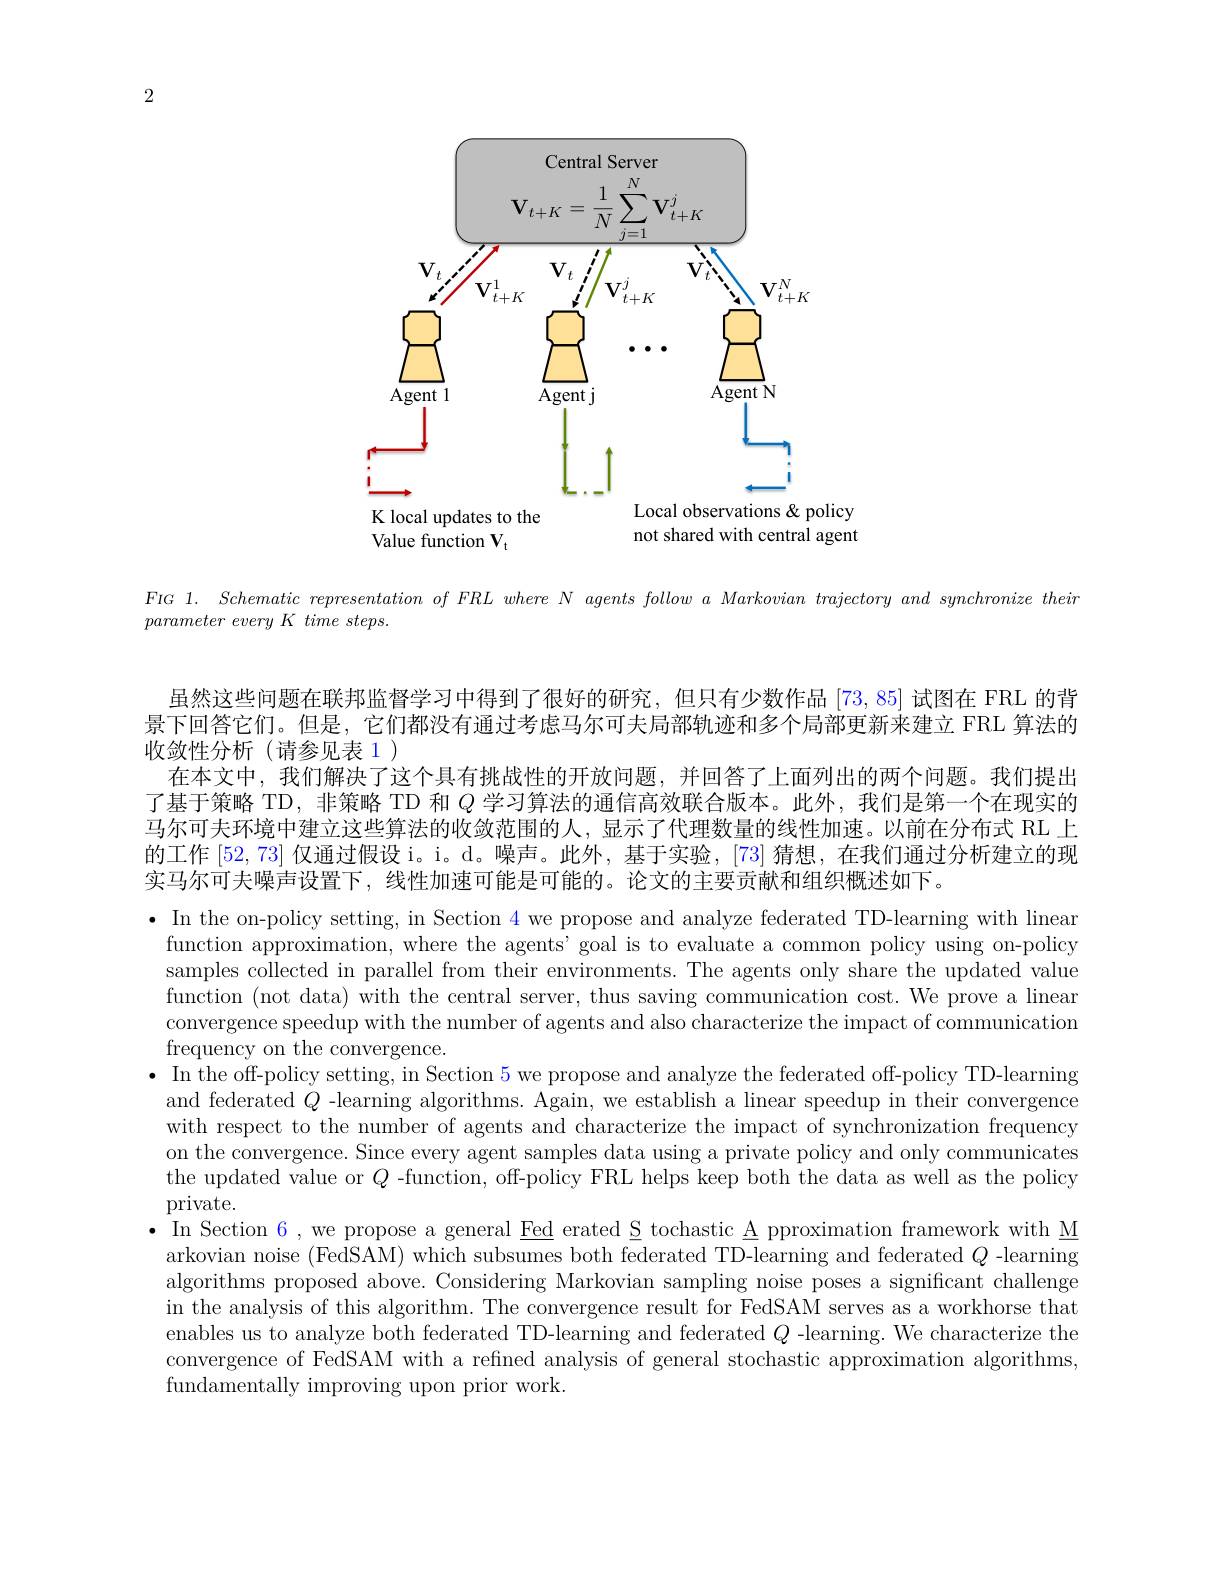
2

<FigureHere>
to

not shared with central agent

Value function V

FIG 1. Schematic representation of FRL where N agents follow a Markovian trajectory and synchronize their

$parameter\textit{ every K time steps. }$

虽然这些问题在联邦监督学习中得到了很好的研究，但只有少数作品[73,85]试图在 FRL 的背景下回答它们。但是，它们都没有通过考虑马尔可夫局部轨迹和多个局部更新来建立 FRL 算法的收敛性分析(请参见表 1)
在本文中，我们解决了这个具有挑战性的开放问题，并回答了上面列出的两个问题。我们提出了基于策略 TD,非策略 TD 和$Q$学习算法的通信高效联合版本。此外，我们是第一个在现实的马尔可夫环境中建立这些算法的收敛范围的人，显示了代理数量的线性加速。以前在分布式 RL 上的工作[52,73]仅通过假设 i。i。d。噪声。此外，基于实验，[73] 猜想，在我们通过分析建立的现实马尔可夫噪声设置下，线性加速可能是可能的。论文的主要贡献和组织概述如下。
· In the on-policy setting, in Section 4 we propose and analyze federated TD-learning with linear function approximation, where the agents' goal is to evaluate a common policy using on-policy samples collected in parallel from their environments. The agents only share the updated value function (not data) with the central server, thus saving communication cost. We prove a linear convergence speedup with the number of agents and also characterize the impact of communication frequency on the convergence.
· In the off-policy setting, in Section 5 we propose and analyze the federated off-policy TD-learning and federated $Q$ -learning algorithms. Again, we establish a linear speedup in their convergence with respect to the number of agents and characterize the impact of synchronization frequency on the convergence. Since every agent samples data using a private policy and only communicates the updated value or $Q$ -function, off-policy FRL helps keep both the data as well as the policy private.
$\bullet$ In Section 6, we propose a general Eed erated S tochastic A pproximation framework with M arkovian noise (FedSAM) which subsumes both federated TD-learning and federated $Q$ -learning algorithms proposed above. Considering Markovian sampling noise poses a significant challenge in the analysis of this algorithm. The convergence result for FedSAM serves as a workhorse that enables us to analyze both federated TD-learning and federated $Q$ -learning. We characterize the convergence of FedSAM with a refned analysis of general stochastic approximation algorithms, fundamentally improving upon prior work.